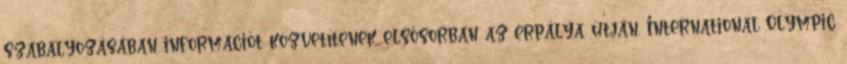
szabályozásában információt közvetítenek elsősorban az érpálya útján. International Olympic